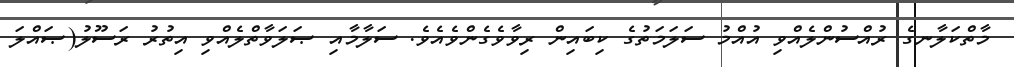
މާތްކަލާނގެ ރުއްސުންލެއްވި އުއްމު ސަލަމަތުގެ ކިބައިން ރިވާވެގެންވެއެވެ. ސަލާމާއި ޞަލަވާތްލެއްވި އިތުރު ރަސޫލު(ޞައްލަ